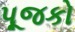
પૂજકો